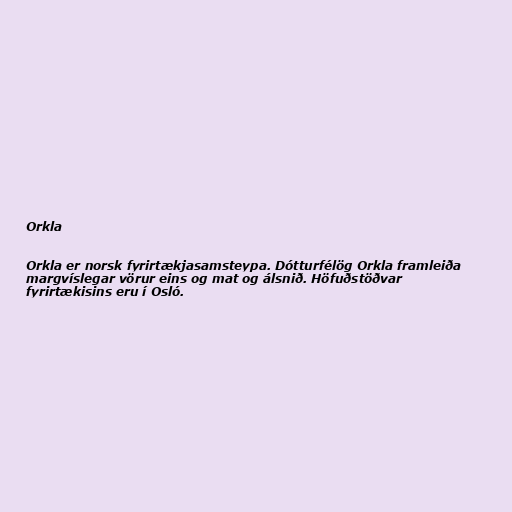
Orkla

Orkla er norsk fyrirtækjasamsteypa. Dótturfélög Orkla framleiða
margvíslegar vörur eins og mat og álsnið. Höfuðstöðvar
fyrirtækisins eru í Osló.